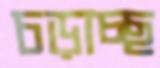
চড়াচ্ছ